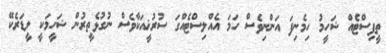
ތީފިސްޓެއް ޝަހީމު ހިމެނިފަ އަންނިވެސް ހަމަ އެއްލިސްޓެއްގަ ސުރުޚީއަކާވެސް ނުގުޅެތީރުން ޝަހީމަކީ ލީޑަރެކޭ